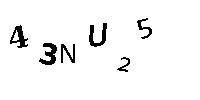
43NU25